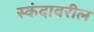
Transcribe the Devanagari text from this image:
स्कंदावरील